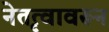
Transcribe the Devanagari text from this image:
नेतृत्वावरून